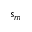
s _ { m }